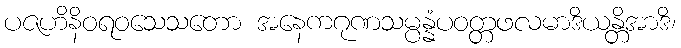
ပဇဟိနိဝရဝသေသတော အနေကဂုဏသမ္ပန္နံပဝတ္တဖလမာဒိယန္တိအာဒိ၊